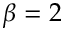
\beta = 2